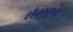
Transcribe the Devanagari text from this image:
शैवभाष्य